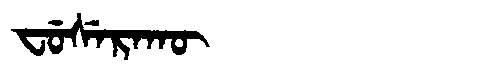
Manchu: ᠸᡠᠰᡝᡵᠠᡴᡡ
Romanization: FUSERAKŪ